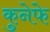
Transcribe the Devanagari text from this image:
कुनेफे